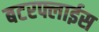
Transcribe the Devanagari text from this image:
बटरफ्लाईस